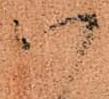
八